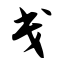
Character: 戋